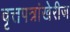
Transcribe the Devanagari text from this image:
वृत्तपत्रांखेरीज